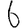
Digit: 6